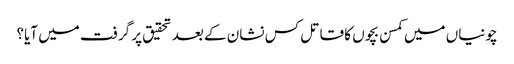
چونیاں میں کمسن بچوں کا قاتل کس نشان کے بعد تحقیق پر گرفت میں آیا؟